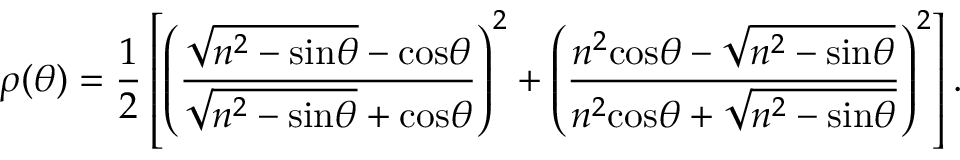
\rho ( \theta ) = \frac { 1 } { 2 } \left[ \left( \frac { \sqrt { n ^ { 2 } - \mathrm { s i n } \theta } - \mathrm { c o s } \theta } { \sqrt { n ^ { 2 } - \mathrm { s i n } \theta } + \mathrm { c o s } \theta } \right) ^ { 2 } + \left( \frac { n ^ { 2 } \mathrm { c o s } \theta - \sqrt { n ^ { 2 } - \mathrm { s i n } \theta } } { n ^ { 2 } \mathrm { c o s } \theta + \sqrt { n ^ { 2 } - \mathrm { s i n } \theta } } \right) ^ { 2 } \right] .